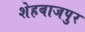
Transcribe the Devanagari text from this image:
शेहबाजपुर